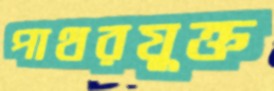
পাথরযুক্ত